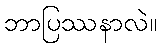
ဘာပြဿနာလဲ။